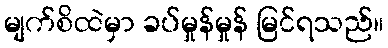
မျက်စိထဲမှာ ခပ်မှုန်မှုန် မြင်ရသည်။